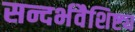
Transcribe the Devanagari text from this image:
सन्दर्भवैशिष्ट्य